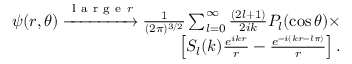
\begin{array} { r } { \psi ( r , \theta ) \xrightarrow { \mathrm { ~ l ~ a ~ r ~ g ~ e ~ } r } \frac { 1 } { ( 2 \pi ) ^ { 3 / 2 } } \sum _ { l = 0 } ^ { \infty } \frac { ( 2 l + 1 ) } { 2 i k } P _ { l } ( \cos \theta ) \times } \\ { \left[ S _ { l } ( k ) \frac { e ^ { i k r } } { r } - \frac { e ^ { - i ( k r - l \pi ) } } { r } \right] . } \end{array}